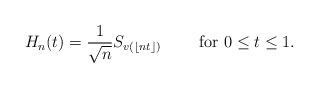
LaTeX: \begin{align*}H_n(t)= \frac{1}{\sqrt{ n }} S_{v(\lfloor nt\rfloor)} \ \ \ \ \ \ \ \textrm{for}\ 0\leq t \leq 1 .\end{align*}